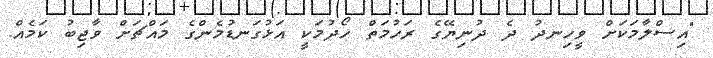
"އިސްލާމަކަށް ވީހިނދު ދެ ދުނިޔޭގެ ރަހުމަތް ހޯދުމަކީ އަޅުގަނޑުމެންގެ މައްޗަށް ވާޖިބު ކަމެއް.